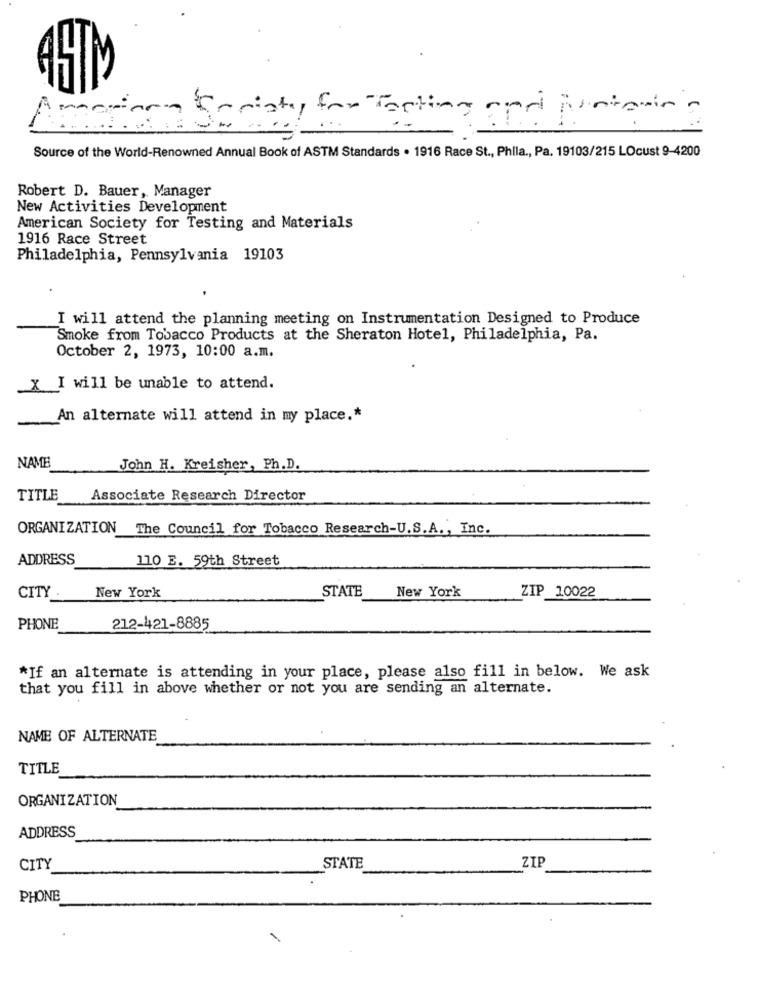
45TM
sty for Forting gori juristin
Source of the World-Renowned Annual Book of ASTM Standards . 1916 Race St ., Phila ., Pa. 19103/215 LOcust 9-4200
Robert D. Bauer, Manager
New Activities Development
American Society for Testing and Materials
1916 Race Street
Philadelphia, Pennsylvania 19103
I will attend the planning meeting on Instrumentation Designed to Produce
Smoke from Tobacco Products at the Sheraton Hotel, Philadelphia, Pa.
October 2, 1973, 10:00 a.m.
X
I will be unable to attend.
An alternate will attend in my place .*
NAME
John H. Kreisher, Ph.D.
TITLE Associate Research Director
ORGANIZATION The Council for Tobacco Research-U.S.A ., Inc.
ADDRESS
110 E. 59th Street
STATE
New York
ZIP 10022
CITY
New York
PHONE
212-421-8885
*If an alternate is attending in your place, please also fill in below. We ask
that you fill in above whether or not you are sending an alternate.
NAME OF ALTERNATE
TITLE
ORGANIZATION
ADDRESS
ZIE
CITY
STATE
PHONE